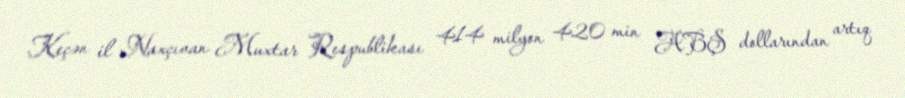
Keçən il Naxçıvan Muxtar Respublikası 414 milyon 420 min ABŞ dollarından artıq